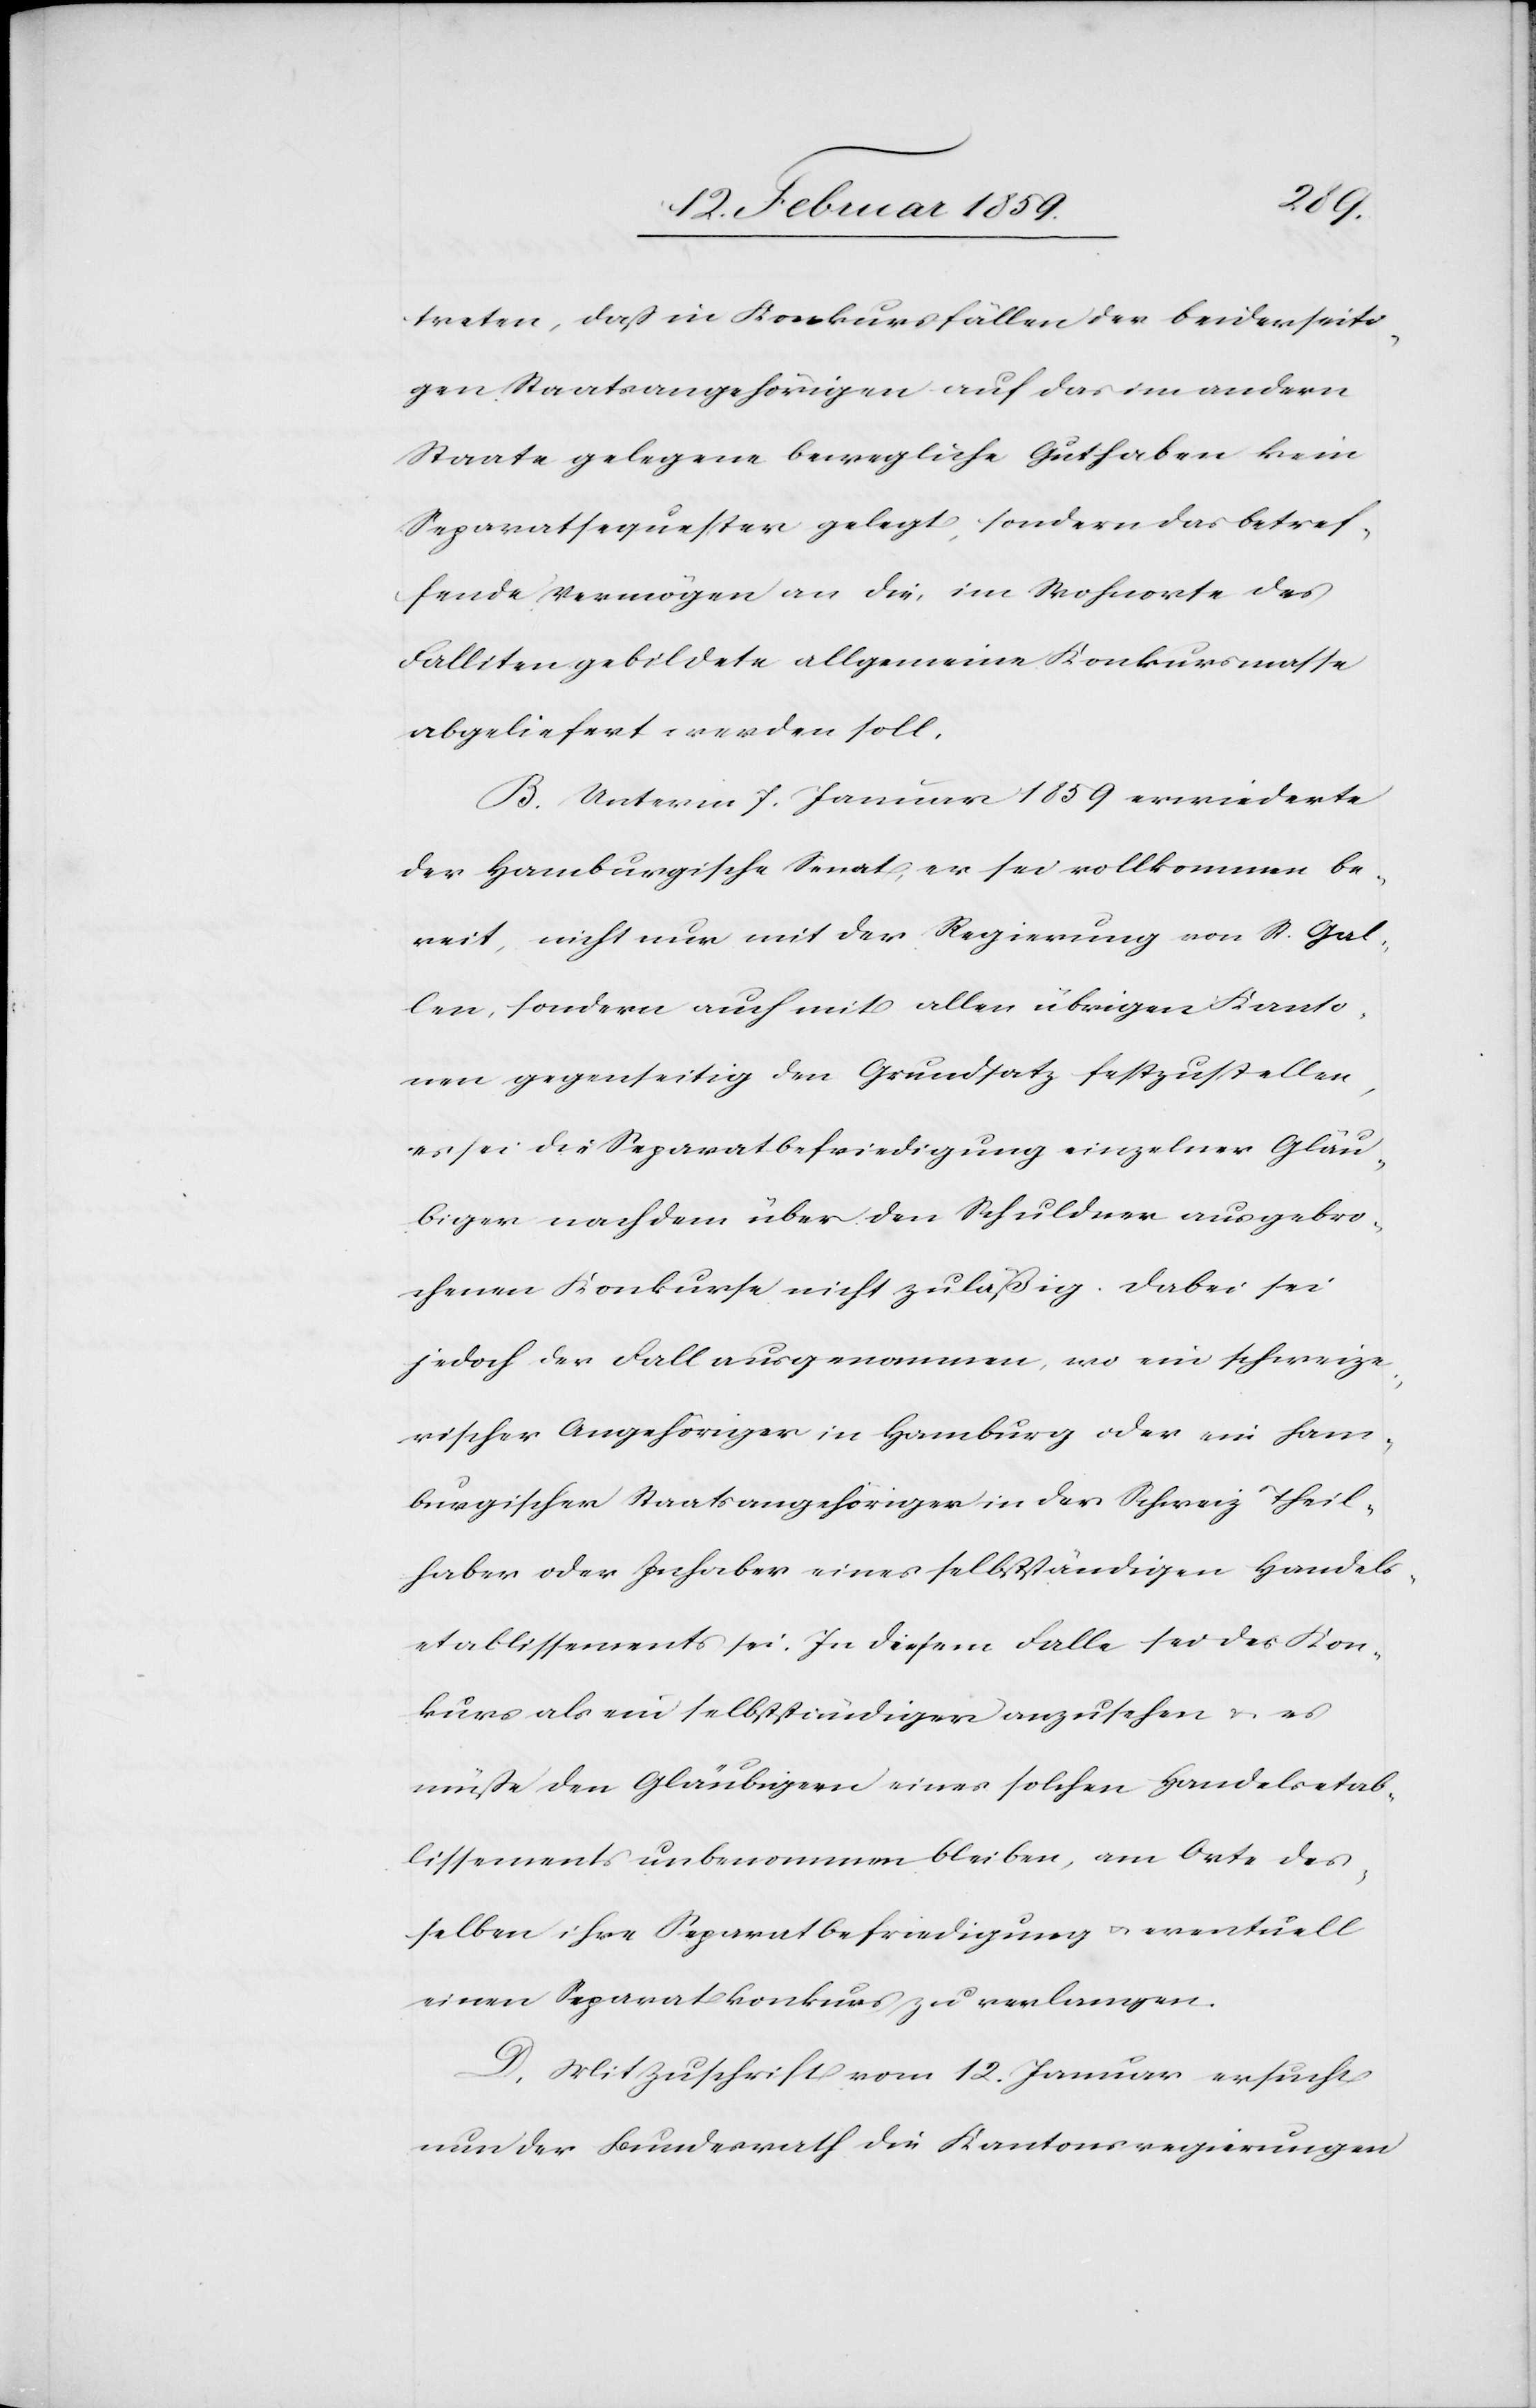
treten, daß in Konkursfällen der beiderseiti¬
gen Staatsangehörigen auf das im andern
Staate gelegene bewegliche Guthaben kein
Separatsequester gelegt, sondern das betref¬
fende Vermögen an die, im Wohnorte des
Falliten gebildete allgemeine Konkursmasse
abgeliefert werden soll.
B. Unterm 7. Januar 1859 erwiederte
der Hamburgische Senat, er sei vollkommen be¬
reit, nicht nur mit der Regierung von St. Gal¬
len, sondern auch mit allen übrigen Kanto¬
nen gegenseitig den Grundsatz festzustellen,
es sei die Separatbefriedigung einzelner Gläu¬
biger nach dem über den Schuldner ausgebro¬
chenen Konkurse nicht zuläßig. Dabei sei
jedoch der Fall ausgenommen, wo ein schweize¬
rischer Angehöriger in Hamburg oder ein ham¬
burgischer Staatsangehöriger in der Schweiz Theil¬
haber oder Inhaber eines selbstständigen Handels¬
etablissements sei. In diesem Falle sei der Kon¬
kurs als ein selbstständiger anzusehen u. es
müße den Gläubigern eines solchen Handelsetab¬
lissements unbenommen bleiben, am Orte des¬
selben ihre Separatbefriedigung u. eventuell
einen Separatkonkurs zu verlangen.
C.] Mit Zuschrift vom 12. Januar ersucht
nun der Bundesrath die Kantonsregierungen